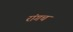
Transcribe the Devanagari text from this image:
रांगच